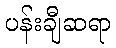
ပန်းချီဆရာ